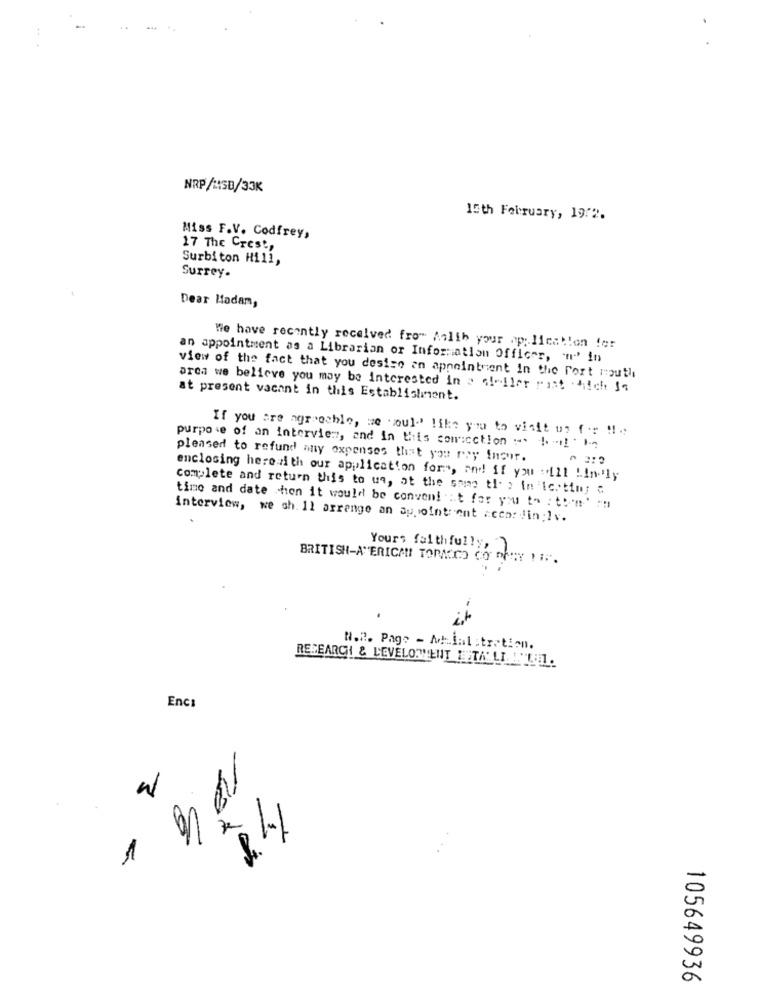
NRP/M150/33K
15th February, 19:2.
Miss F.V. Codfrey,
17 The Crest,
Surbiton Hill,
Surrey.
Dear Madam,
We have recently received from Aalth your application for
an appointment as a Librarian or Information Officer, "n"' in
view of the fact that you desise an appointment in the Port mouth
area we believe you may be interested in a eleller rust Sich So
at present vacant in this Establishment.
If you are agreeable, we would like you to visit un for u.
purpose of an interview, and in this comicction :-. ! ! ' 1
pleased to refund any expenses that you rey imour.
enclosing here:zith our application for", and if you "ill !indly
Complete and return this to wa, at the sting ti- > in 'lostimy ℃
time and date chon it would be conveni it for you to : to'n ' :"
interview, we sh. 11 arrange an Supointrent accor din;lv.
Yours faithfully,
BRITISH-AMERICAN TORACICO CO PFRY :.
.
ist
N.R. Page - M.inl :tration.
RESEARCH & LEVELORIENT IPTALI MLU1.
Enc:
W
1
105649936